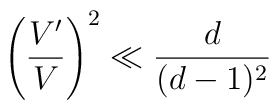
\left( \frac{V^\prime}{V} \right)^2 \ll \frac{d}{(d-1)^2}